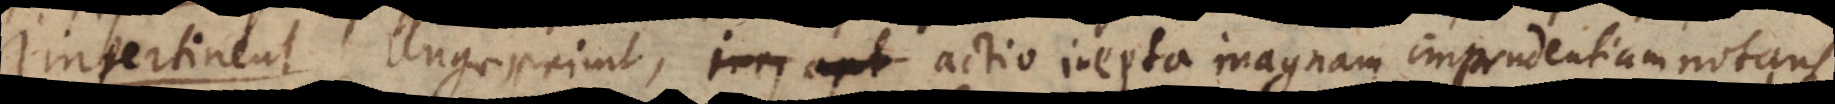
ngereimt, actio inepta magnam imprudentiam notans.